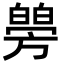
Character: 𤾜